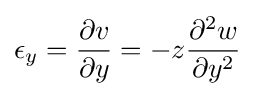
\epsilon _{y}={\frac {\partial v}{\partial y}}=-z{\frac {\partial ^{2}w}{\partial y^{2}}}